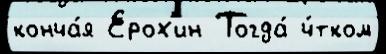
конча́я Ерох'ин Тогда́ ч́тком